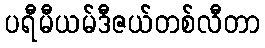
ပရီမီယမ်ဒီဇယ်တစ်လီတာ